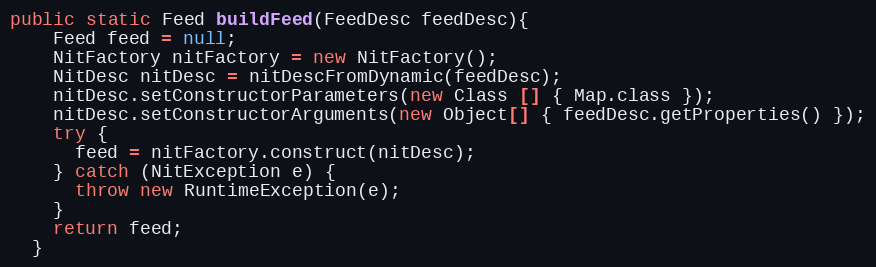
Language: Java
public static Feed buildFeed(FeedDesc feedDesc){
    Feed feed = null;
    NitFactory nitFactory = new NitFactory();
    NitDesc nitDesc = nitDescFromDynamic(feedDesc);
    nitDesc.setConstructorParameters(new Class [] { Map.class });
    nitDesc.setConstructorArguments(new Object[] { feedDesc.getProperties() });
    try {
      feed = nitFactory.construct(nitDesc);
    } catch (NitException e) {
      throw new RuntimeException(e);
    }
    return feed;
  }